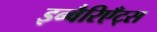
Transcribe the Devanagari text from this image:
इन्वैरिएँट्स